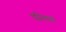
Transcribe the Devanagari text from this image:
पनियल